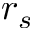
r _ { s }